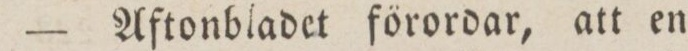
— Aftonbladet förordar, att en